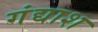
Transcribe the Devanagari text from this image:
गंद्याश